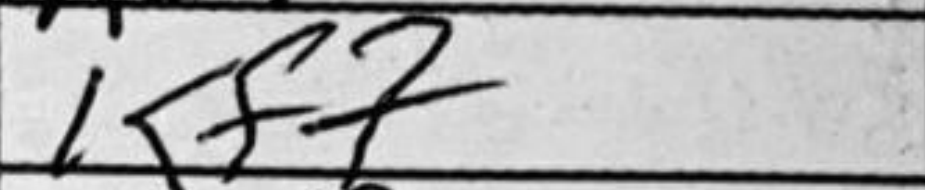
Transcription: Kf7